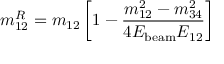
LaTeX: m _ { 1 2 } ^ { R } = m _ { 1 2 } \left[ 1 - \frac { m _ { 1 2 } ^ { 2 } - m _ { 3 4 } ^ { 2 } } { 4 E _ { \mathrm { b e a m } } E _ { 1 2 } } \right]